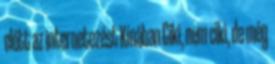
előtt az internetezést Kínában Ciki, nem ciki, de még